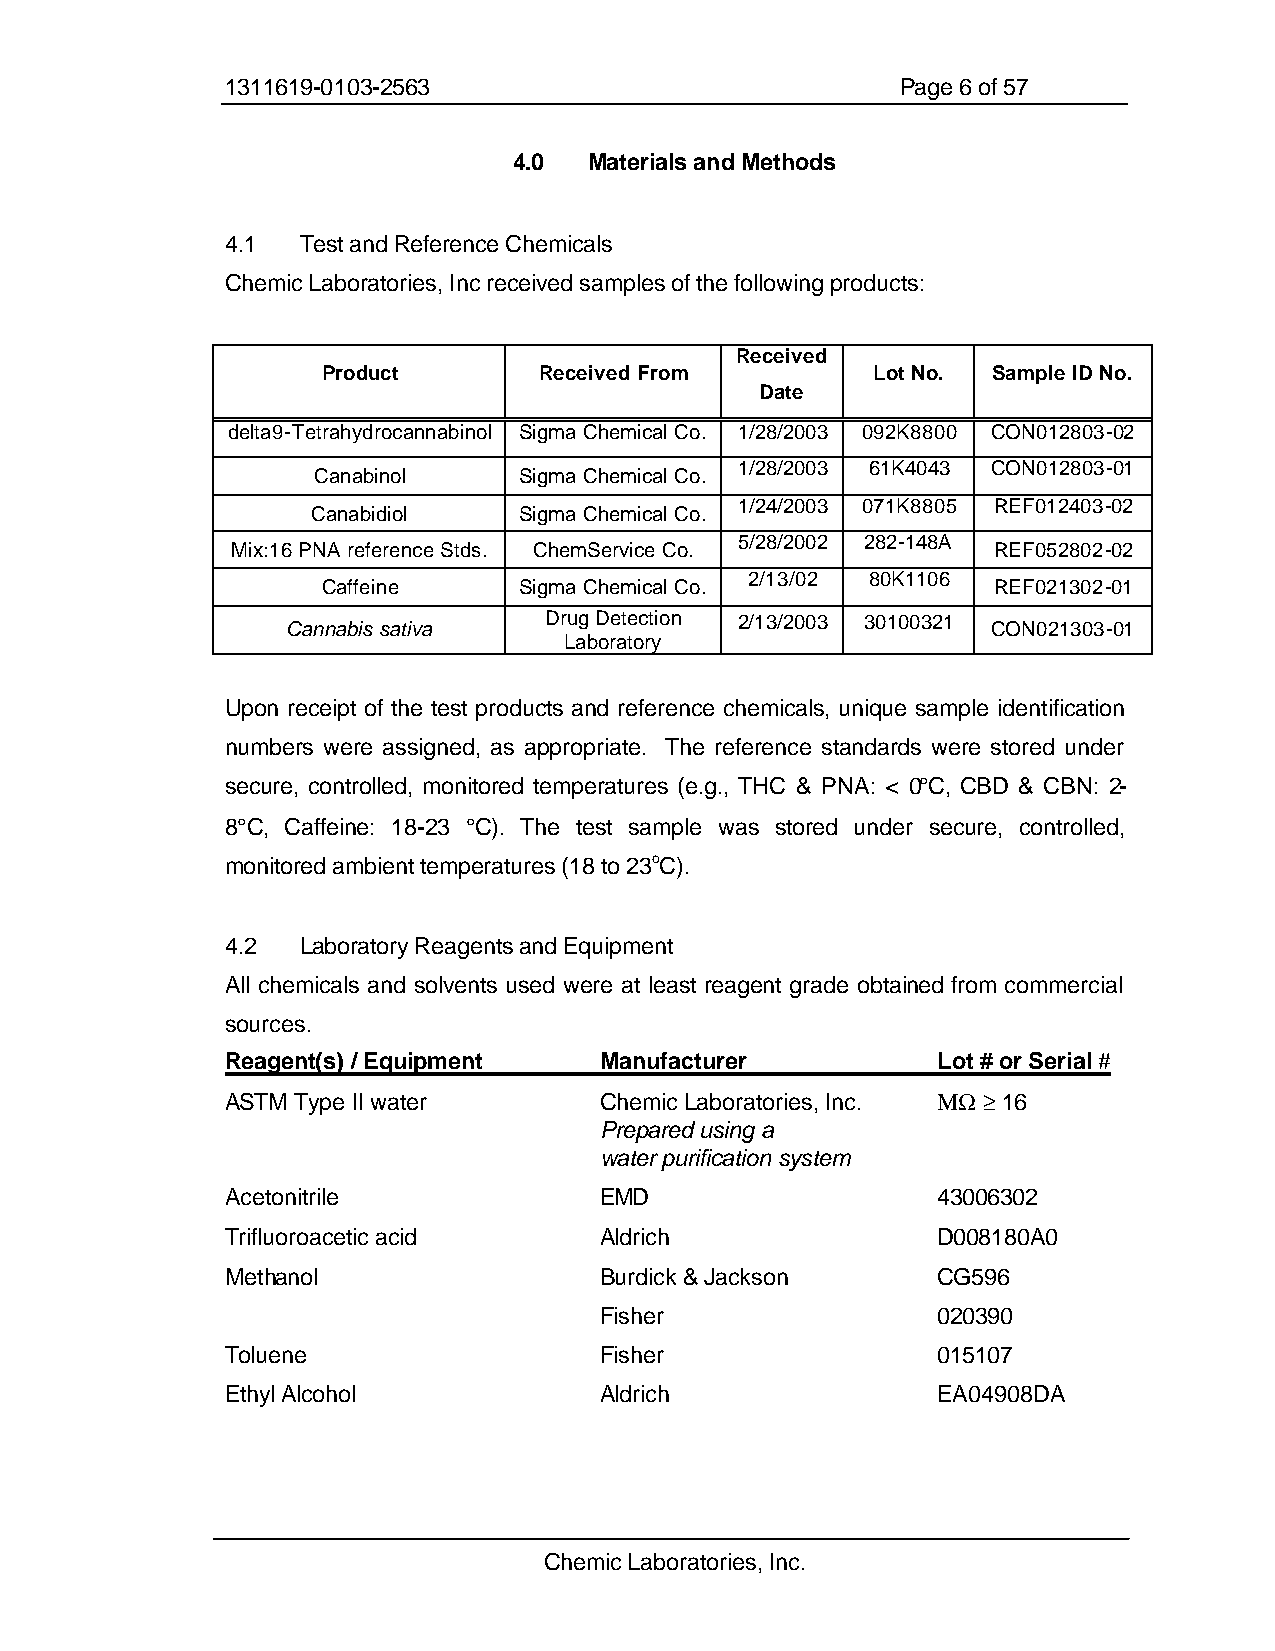
1311619-0103-2563                            Page 6 of 57
 4.0  Materials and Methods
 4.1  Test and Reference Chemicals
 Chemic Laboratories, Inc received samples of the following products:
 Received
 Product        Received From         Lot No. Sample ID No.
 Date
 delta9-Tetrahydrocannabinol Sigma Chemical Co. 1/28/2003 092K8800 CON012803-02
 1/28/2003 61K4043 CON012803-01
 Canabinol    Sigma Chemical Co.
 1/24/2003 071K8805 REF012403-02
 Canabidiol   Sigma Chemical Co.
 5/28/2002 282-148A
 Mix:16 PNA reference Stds. ChemService Co.         REF052802-02
 2/13/02 80K1106
 Caffeine     Sigma Chemical Co.              REF021302-01
 Drug Detection 2/13/2003 30100321
 Cannabis sativa                                CON021303-01
 Laboratory
 Upon receipt of the test products and reference chemicals, unique sample identification
 numbers were assigned, as appropriate. The reference standards were stored under
 secure, controlled, monitored temperatures (e.g., THC & PNA: < 0°C, CBD & CBN: 2-
 8°C, Caffeine: 18-23 °C). The test sample was stored under secure, controlled,
 monitored ambient temperatures (18 to 23oC).
 4.2  Laboratory Reagents and Equipment
 All chemicals and solvents used were at least reagent grade obtained from commercial
 sources.
 Reagent(s) / Equipment   Manufacturer          Lot # or Serial #
 ASTM Type II water       Chemic Laboratories, Inc. M W ‡ 16
 Prepared using a
 water purification system
 Acetonitrile             EMD                   43006302
 Trifluoroacetic acid     Aldrich               D008180A0
 Methanol                 Burdick & Jackson     CG596
 Fisher                020390
 Toluene                  Fisher                015107
 Ethyl Alcohol            Aldrich               EA04908DA
 Chemic Laboratories, Inc.